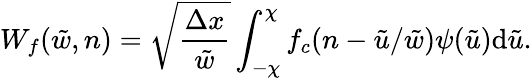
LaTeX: W_{f}(\tilde{w},n)=\sqrt{\frac{\Delta x}{\tilde{w}}}\int_{-\chi}^{\chi}f_{c}(n-\tilde{u}/\tilde{w})\psi(\tilde{u})\mathrm{d}\tilde{u}.